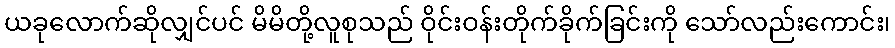
ယခုလောက်ဆိုလျှင်ပင် မိမိတို့လူစုသည် ဝိုင်းဝန်းတိုက်ခိုက်ခြင်းကို သော်လည်းကောင်း၊